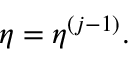
\boldsymbol { \eta } = \boldsymbol { \eta } ^ { ( j - 1 ) } .